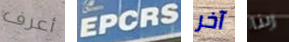
أعرف EPCRS آخر ربنا